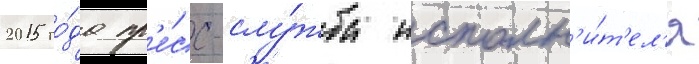
2015 го́да пр'е́сс-слу́жба исполн'и́т'ел'я